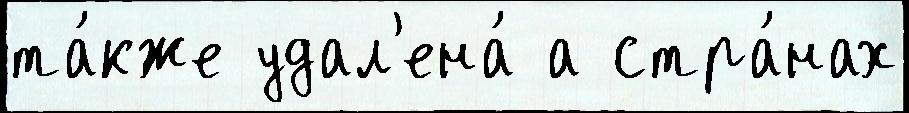
та́кже удал'ена́ а стра́нах